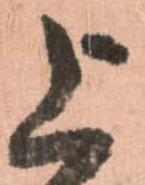
上